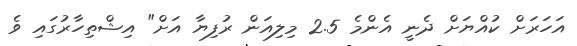
އަހަރަށް ކުއްޔަށް ދެނީ އެންމެ 2.5 މިލިއަން ރުފިޔާ އަށް" އިޝްތިހާރުގައި ވެ